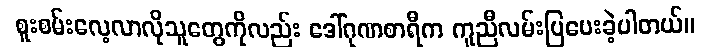
စူးစမ်းလေ့လာလိုသူတွေကိုလည်း ဒေါ်ဂုဏစာရီက ကူညီလမ်းပြပေးခဲ့ပါတယ်။